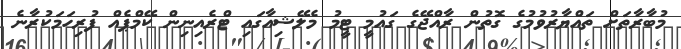
މުބާރާތަށް ތައްޔާރުވުމުގެ ގޮތުން ރާއްޖޭގެ ގައުމީ ޓީމު މެލޭޝިއާގައި ޓްރެއިނިން ކޭމްޕެއް ފުރިހަމަކުރާނެ